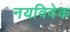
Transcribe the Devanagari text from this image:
नयविवेक